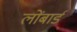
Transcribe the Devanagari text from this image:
लोंबार्ड